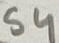
Text: S4